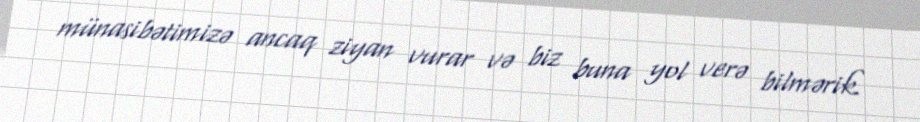
münasibətimizə ancaq ziyan vurar və biz buna yol verə bilmərik.